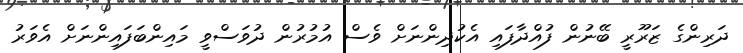
ދަރިންގެ ޒަރޫރީ ބޭނުން ފުއްދާފައި އެކުދިންނަށް ވެސް އުމުރުން ދުވަސްވީ މައިންބަފައިންނަށް އެވަރު